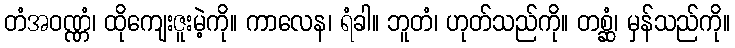
တံအဝဏ္ဏံ၊ ထိုကျေးဇူးမဲ့ကို။ ကာလေန၊ ရံခါ။ ဘူတံ၊ ဟုတ်သည်ကို။ တစ္ဆံ၊ မှန်သည်ကို။